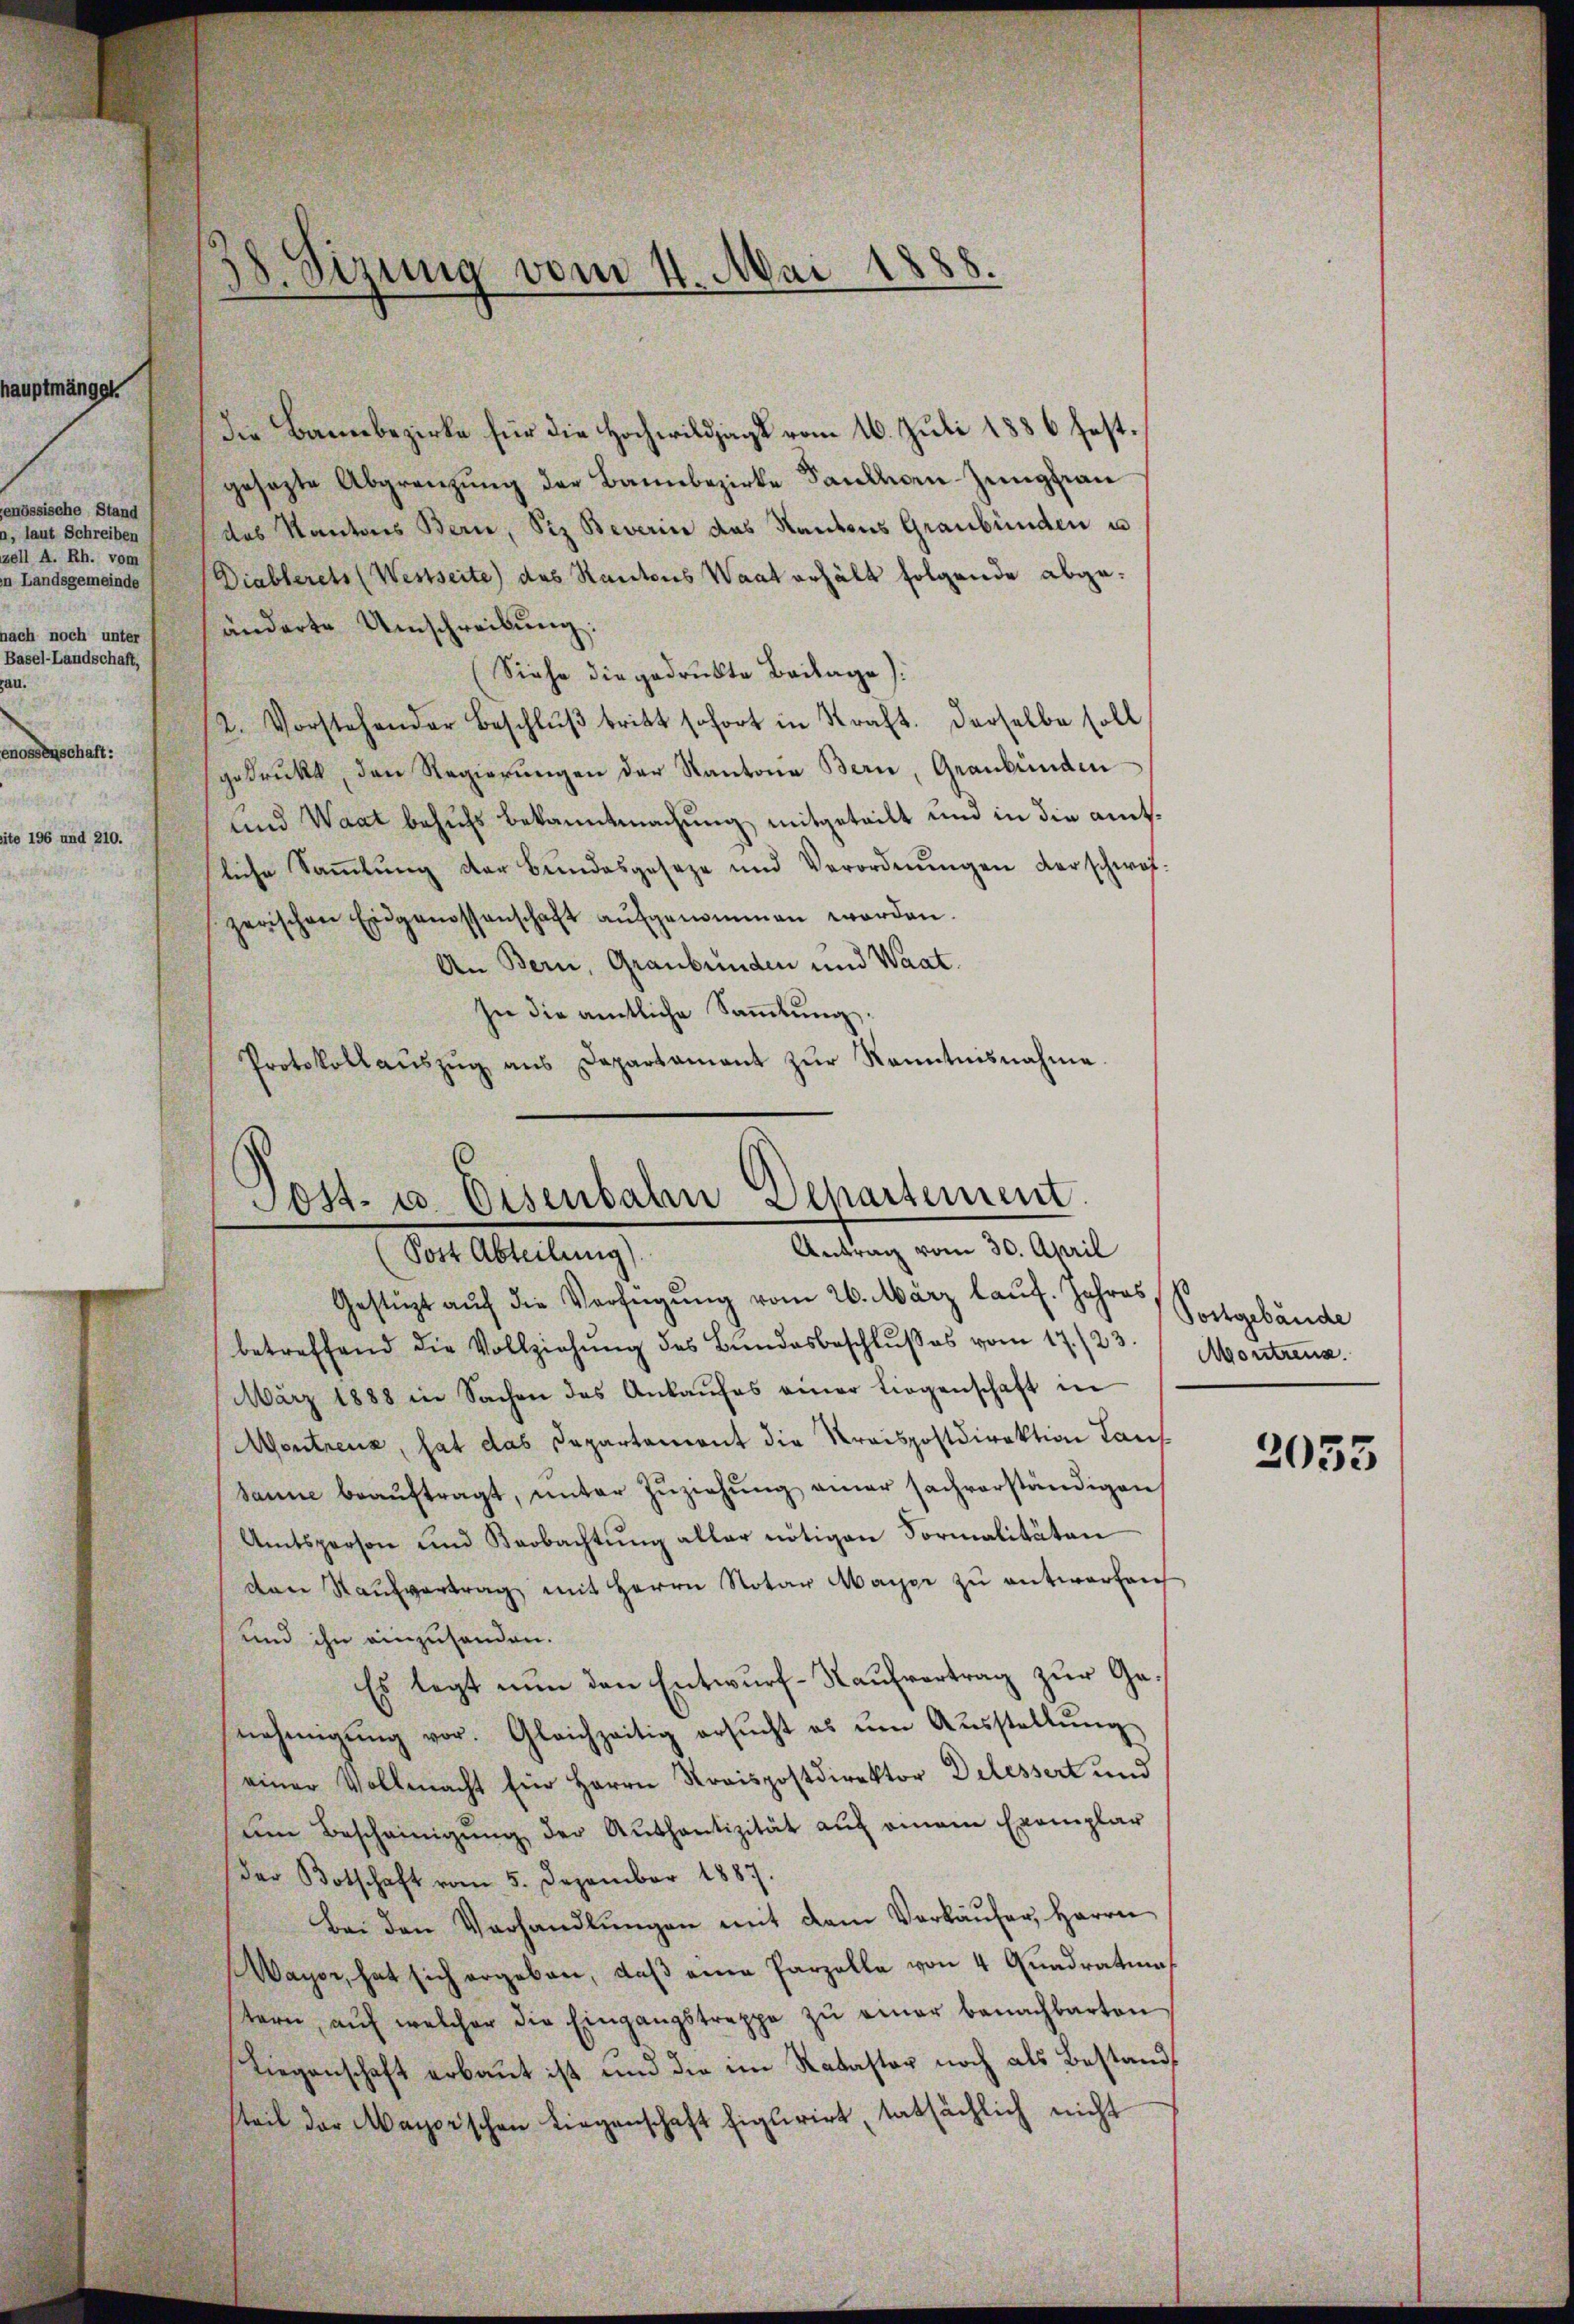
u
.
vom
nde
nach e
de

Die Bannbezirke für die Hochwildjagt vom 16. Juli 1886 festgesetzte Abgrenzung der Bannbezirke Saulhorn-Jungfrau
das Kantons Bern, Siz Beverin das Kantons Graubünden u
Diablerets (Westseite) das Kantons Waat erhält folgende abgeänderte Umschreibung:
Siehe die gedruckte Beilage).
2. Vorstehender Beschlŭβ tritt sofort in Straft. Derselbe soll
gedrückt, den Regierŭngen der Kantone Bern, Graubünden
und Waat behufs bekanntmachung mitgeteilt und in die amtliche Sammlung der Bundesgeseze und Verordnŭngen derschwof
zerischen Eidgenossenschaft aŭfgenommen worden.
An Bern, Graubünden und Waat.
sie die amtliche Sammlung.
Protokollanszŭg ans Departamant zŭr Kenntnisnahme.

Mai 1888.
38. Sizung vom 1

Post- u. Eisenbahn Departement
Antrag vom 30. April
Der Abteilung

Gestüzt aŭf die Verfügung vom 26. März laŭf. Jahres
betreffend die Vollziehŭng des Bundesbeschlŭβes vom 17./23.
März 1888 in Sachen des Ankaŭfes einer Liegenschaft in
Montreux, hat das Departement die Kreispostdirektion Lauf
sanne beaŭftragt, ŭnter Zŭziehŭng aner sachverständigen
Amtsperson und Beobachtŭng aller nötigen Formalitäten
den Raufvertrag mit Herrn Notar Maÿer zu antworfen
und ihn einzuhanden.
Es legt nun den Entwurf-Kaŭfvertrag zur Genehmigŭng vor. Gleichzeitig ersŭcht es ŭm Aŭsstellŭng
einer Vollmacht Ein Herrn Rovispostdirektor Delessert und
den Bescheinigŭng der Authantizität auf einem Exemplar
Der Botschaft vom 5. Dezember 1887.
Bei den Verhandlŭngen mit dem Verkäŭfer, Herrn
Wayer, hat sich ergeben, daß eine Parzelle von 4 Quadratun
tern, aŭf welcher die Eingangstreppe zŭ einer benachbarten
Liegenschaft erbaut ist und die im Ratastor noch als Bestandsteil der Mayorschen Liegenschaft figurirt, tatsächlich nicht

Postgebäude
Montreuz.

2053